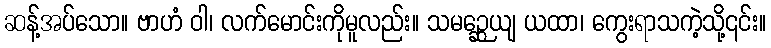
ဆန့်အပ်သော။ ဗာဟံ ဝါ၊ လက်မောင်းကိုမူလည်း။ သမဉ္ဆေယျ ယထာ၊ ကွေးရာသကဲ့သို့၎င်း။